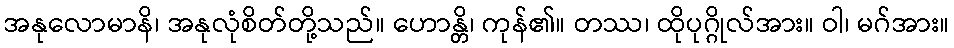
အနုလောမာနိ၊ အနုလုံစိတ်တို့သည်။ ဟောန္တိ၊ ကုန်၏။ တဿ၊ ထိုပုဂ္ဂိုလ်အား။ ဝါ၊ မဂ်အား။